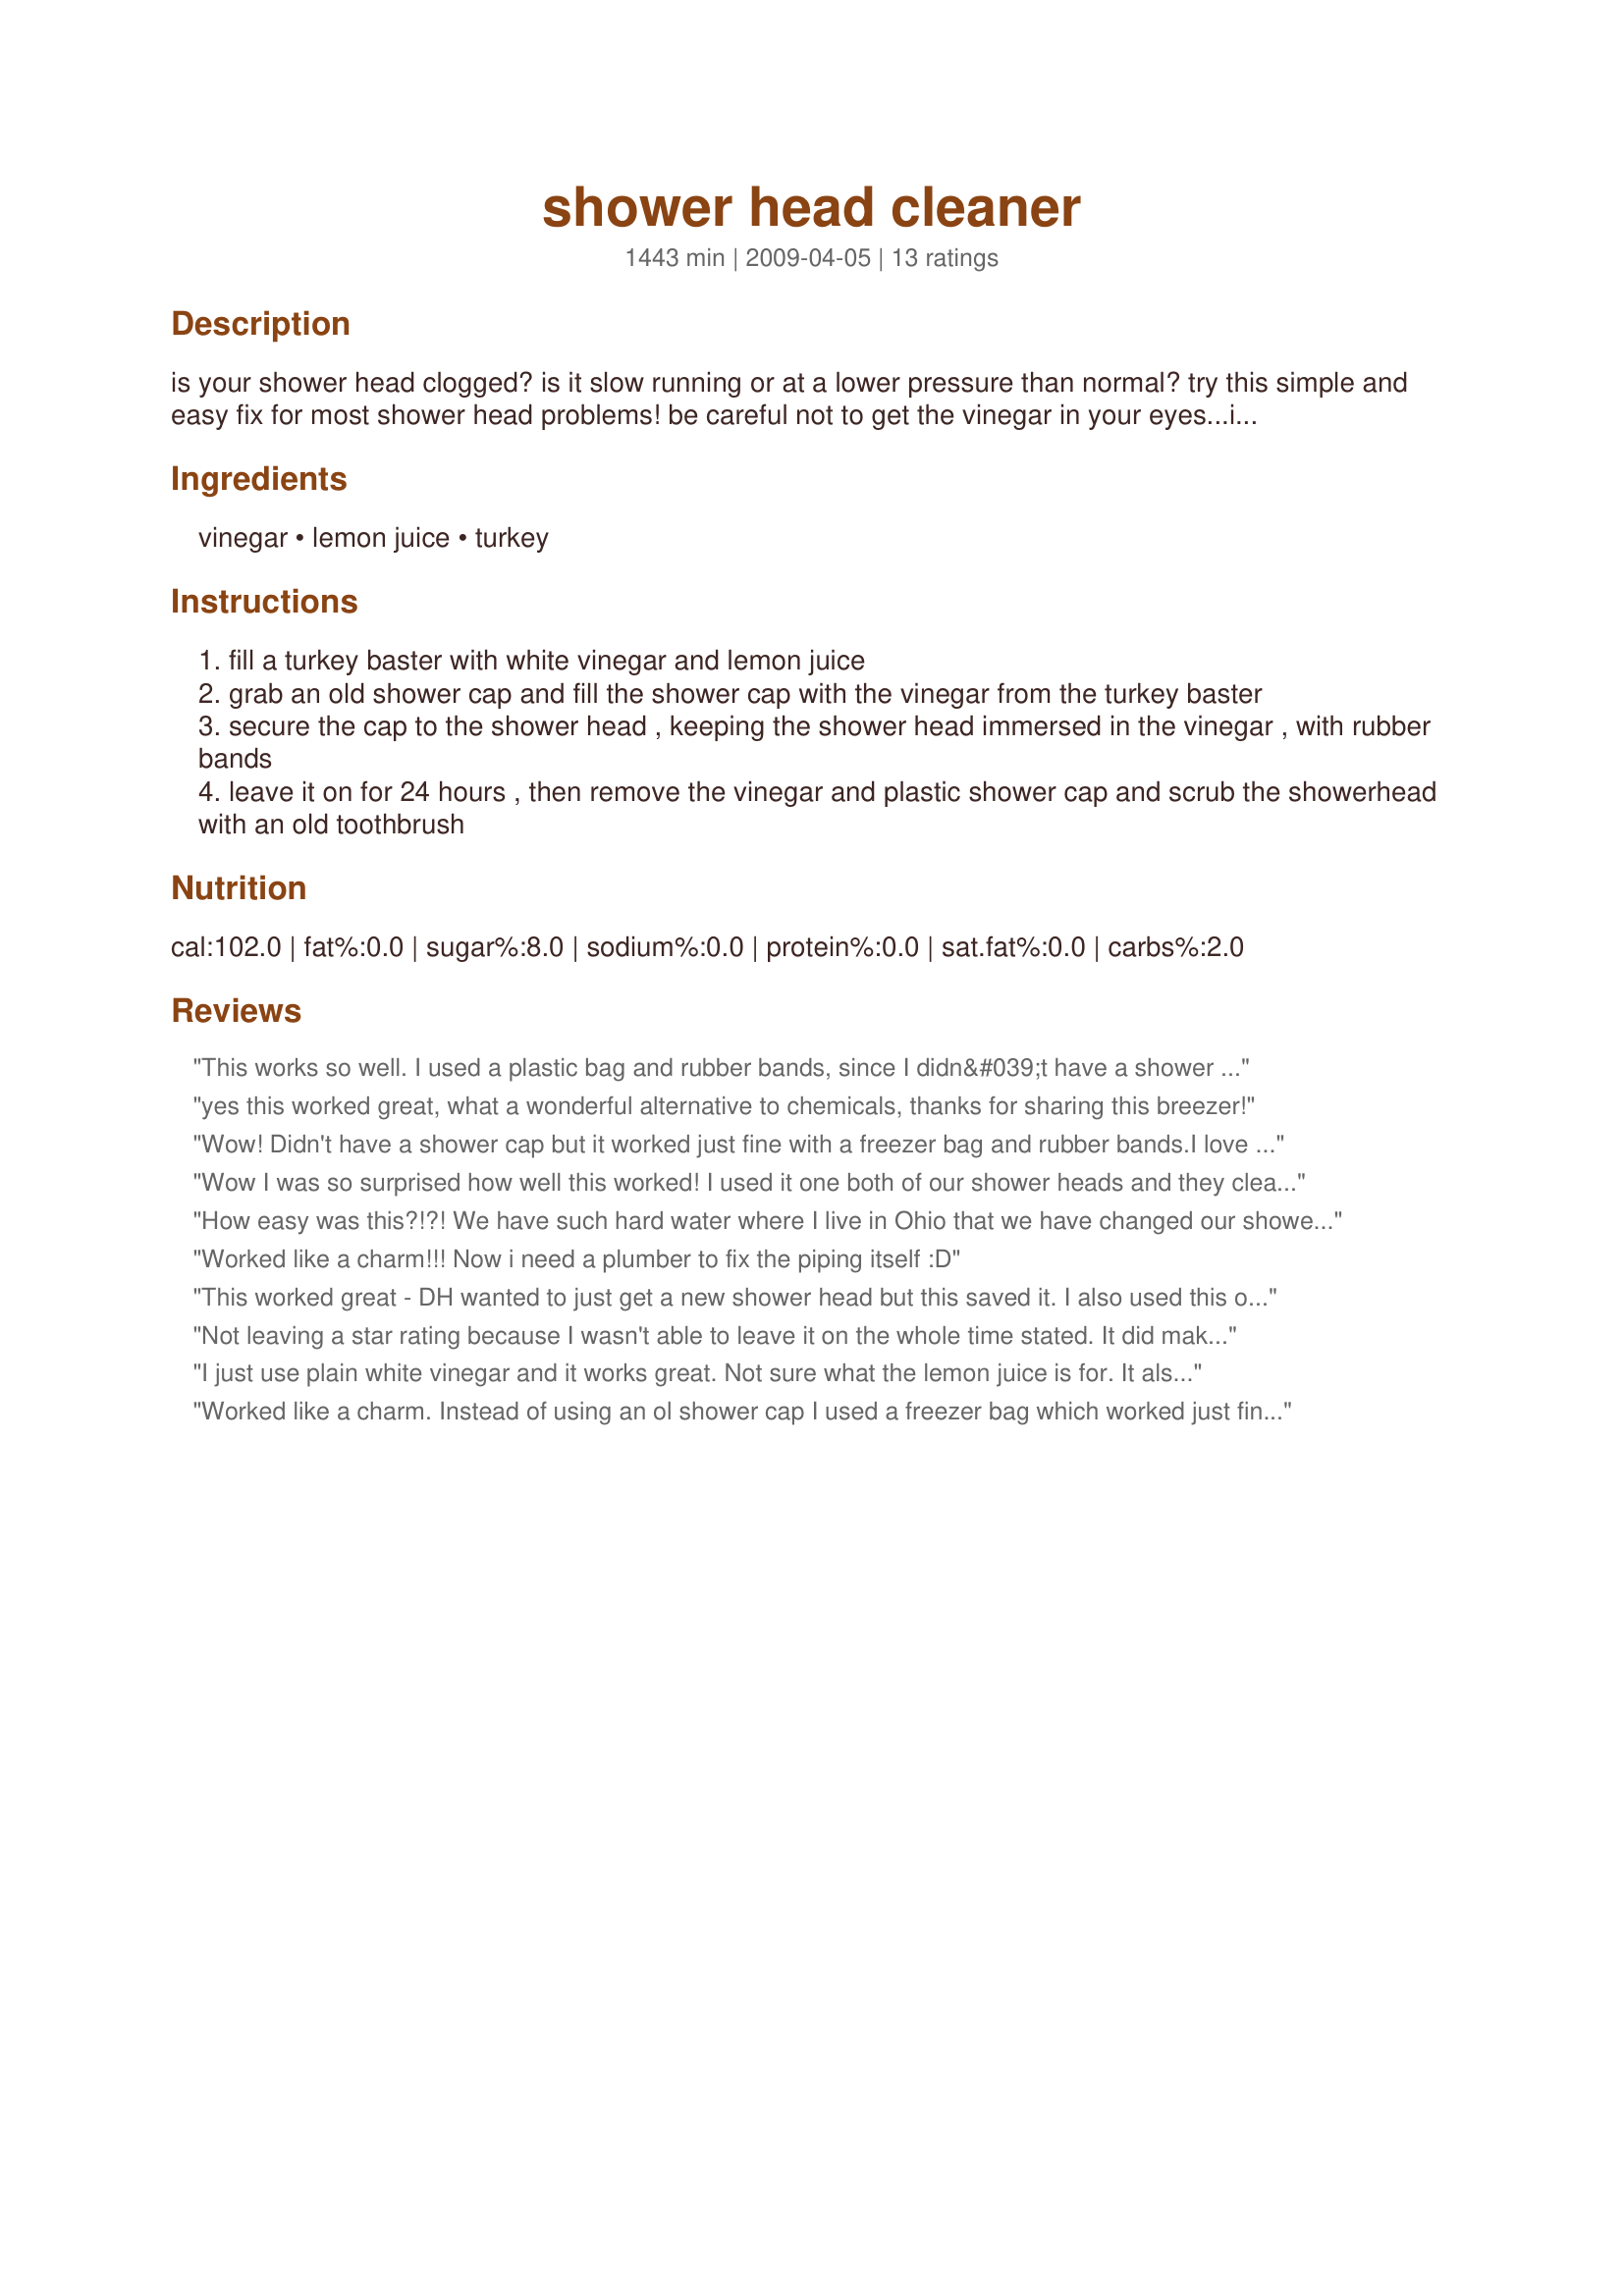
shower head cleaner
Preparation time: 1443 minutes

is your shower head clogged? is it slow running or at a lower pressure than normal? try this simple and easy fix for most shower head problems! be careful not to get the vinegar in your eyes...it stings!

Ingredients:
vinegar, lemon juice, turkey

Steps:
fill a turkey baster with white vinegar and lemon juice
grab an old shower cap and fill the shower cap with the vinegar from the turkey baster
secure the cap to the shower head , keeping the shower head immersed in the vinegar , with rubber bands
leave it on for 24 hours , then remove the vinegar and plastic shower cap and scrub the showerhead with an old toothbrush

Reviews:
This works so well. I used a plastic bag and rubber bands, since I didn&#039;t have a shower cap.
yes this worked great, what a wonderful alternative to chemicals, thanks for sharing this breezer!
Wow! Didn't have a shower cap but it worked just fine with a freezer bag and rubber bands.I love homemade cleaners.Thanks for another great recipe!
Wow I was so surprised how well this worked! I used it one both of our shower heads and they cleaned up so nicely. We have stainless steel shower heads and it just unclogged those couple of holes that always spray crooked and made them whole thing sparkle! Thanks for sharing a winner of a natural cleaner! Made for Gimme5 tag game!
How easy was this?!?! We have such hard water where I live in Ohio that we have changed our showerhead almost every 6 months. The cost of storebrand cleaners costs just as much as a new showerhead. My spouse was generous enough to remove the showerhead as I did not have an old shower cap. I simply soaked the showerhead in the solution while I was at work. When he put the showerhead back on, BAM.. just like brand new! Thank you so much breezermom for the helpful "recipe". I'll never buy storebrand cleaners nor a new showerhead again!
Worked like a charm!!! Now i need a plumber to fix the piping itself :D
This worked great - DH wanted to just get a new shower head but this saved it. I also used this on the sprayer in the kitchen. Thanks
Not leaving a star rating because I wasn't able to leave it on the whole time stated. It did make my shower smell clean and fresh and took off some the buildup! Thanks so much for posting! Made for I Recommend Tag Game.
I just use plain white vinegar and it works great. Not sure what the lemon juice is for.

It also works on faucets and the vegetable sprayer in the kitchen sink.
Worked like a charm. Instead of using an ol shower cap I used a freezer bag which worked just fine. This is another one for my collection of homemade cleaners. Thanks for sharing. Made for 123 Hits Tag.
Worked great! While I didn't have a shower cap, my shower head is on a hose, so it reached down to the ledge, where I set a 4 cup measuring cup with the solution in it. I let the showerhead soak in the measuring cup, and it came out clean as a whistle! I can't believe how much was clogged and I didn't realize it until it's clean now! Will definatlely use this again! Thanks, breezermom! Made for Zaar Stars Tag.
The reason that I can't give this any stars is because my shower head is old and not even this could help it! I'm sure that it works great, as ARathkamp reports, but my shower head has rubber where the water comes out and I realized, after trying this, that they are cracking and falling apart. Chef breezermom has awesome recipes that I enjoy, so I'm sure that this works great - just not for my headed-for-the-garbage shower head. Thanks breezermom! :)
Nice trick!!! I love finding ways to keep chemicals out of my home and this 'recipe' is priceless. My shower head's been a little sluggish for the past 6 months or so and after a 24 hour soak, the pressure is back to fantastic. Thank you for sharing this terrific idea.
